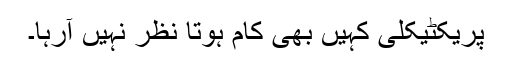
پریکٹیکلی کہیں بھی کام ہوتا نظر نہیں آرہا۔